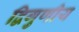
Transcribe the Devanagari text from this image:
द्विगुणीय